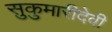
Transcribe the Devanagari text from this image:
सुकुमारीदेवी